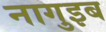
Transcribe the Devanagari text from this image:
नागुइब